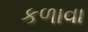
કળાવા